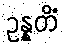
ဥန္နတိံ